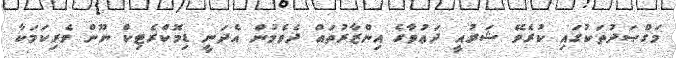
މަގްޞަދުތަކުގައި ކުރެވޭ ޝަރުއީ ދަޢުވާގެ އިންޒާރުތައް ދެވެމުން އެދަނީ ޑިމޮކްރެޓިކް ނޫން ވެރިކަމަކާ